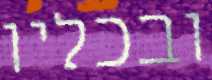
ובכליו